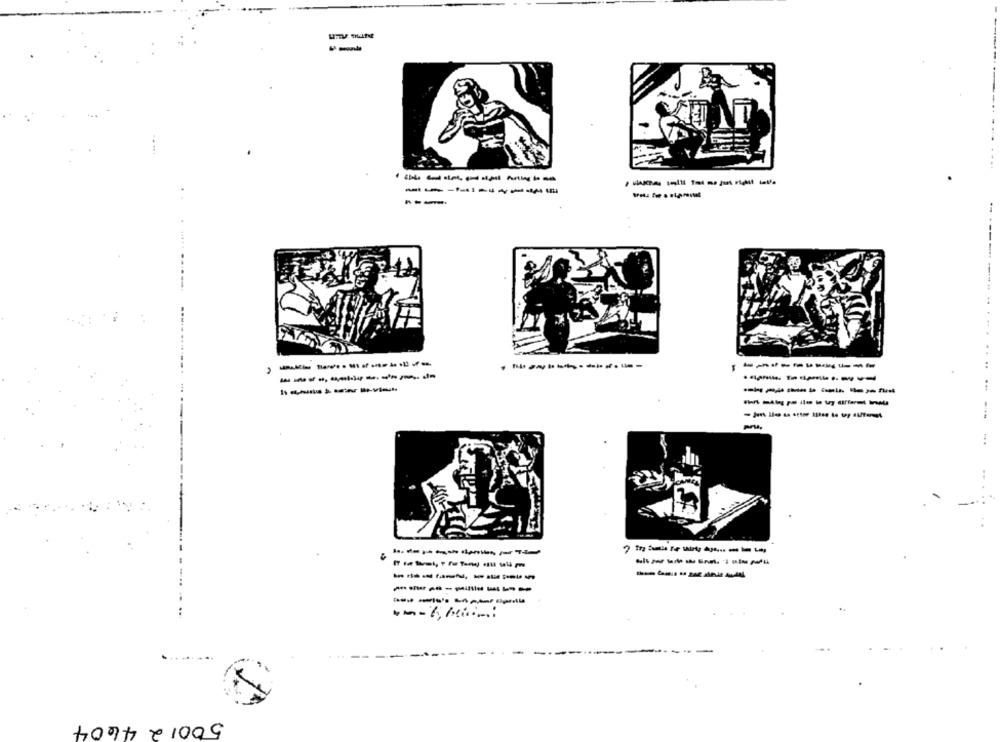
--
.......
------------
----------
....
----------
----------
-----------
----------
500124604